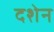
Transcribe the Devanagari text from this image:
दशेन